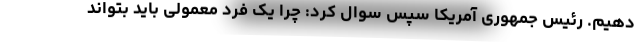
دهیم. رئیس جمهوری آمریکا سپس سوال کرد: چرا یک فرد معمولی باید بتواند